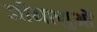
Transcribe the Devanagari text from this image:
जीनाणुओं